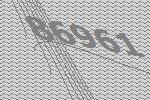
86961